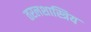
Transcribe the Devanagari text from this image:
तरलशास्त्रिय